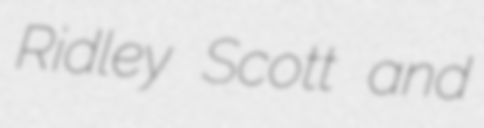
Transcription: Ridley Scott and